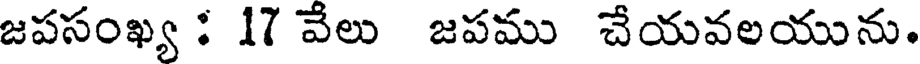
జపసంఖ్య : 17 వేలు జపము చేయవలయును.